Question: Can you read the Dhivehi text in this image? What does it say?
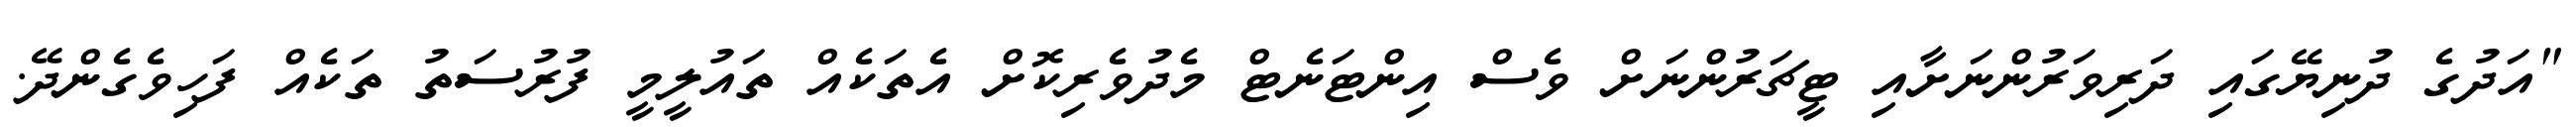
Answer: "އަދުގެ ދުނިޔޭގައި ދަރިވަރުންނަށާއި ޓީޗަރުންނަށް ވެސް އިންޓަނެޓް މެދުވެރިކޮށް އެތަކެއް ތައުލީމީ ފުރުސަތު ތަކެއް ފަހިވެގެންދޭ.